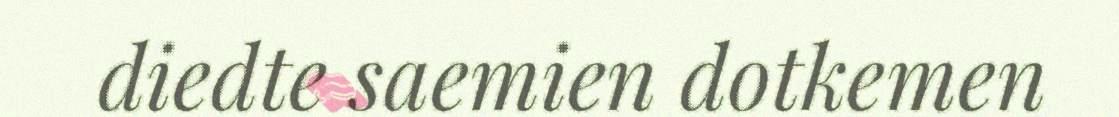
diedte saemien dotkemen